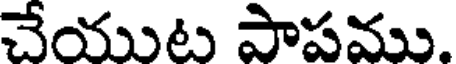
చేయుట పాపము.